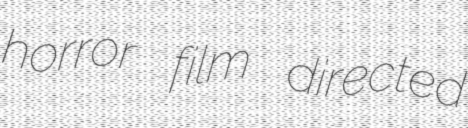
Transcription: horror film directed